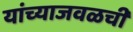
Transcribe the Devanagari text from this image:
यांच्याजवळची